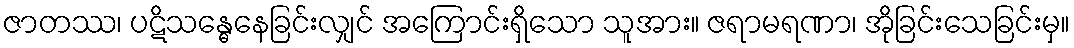
ဇာတဿ၊ ပဋိသန္ဓေနေခြင်းလျှင် အကြောင်းရှိသော သူအား။ ဇရာမရဏာ၊ အိုခြင်းသေခြင်းမှ။